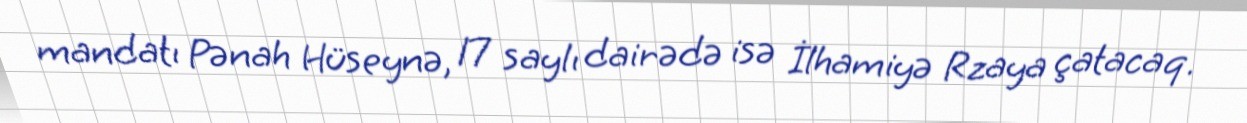
mandatı Pənah Hüseynə, 17 saylı dairədə isə İlhamiyə Rzaya çatacaq.